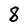
Character: 8